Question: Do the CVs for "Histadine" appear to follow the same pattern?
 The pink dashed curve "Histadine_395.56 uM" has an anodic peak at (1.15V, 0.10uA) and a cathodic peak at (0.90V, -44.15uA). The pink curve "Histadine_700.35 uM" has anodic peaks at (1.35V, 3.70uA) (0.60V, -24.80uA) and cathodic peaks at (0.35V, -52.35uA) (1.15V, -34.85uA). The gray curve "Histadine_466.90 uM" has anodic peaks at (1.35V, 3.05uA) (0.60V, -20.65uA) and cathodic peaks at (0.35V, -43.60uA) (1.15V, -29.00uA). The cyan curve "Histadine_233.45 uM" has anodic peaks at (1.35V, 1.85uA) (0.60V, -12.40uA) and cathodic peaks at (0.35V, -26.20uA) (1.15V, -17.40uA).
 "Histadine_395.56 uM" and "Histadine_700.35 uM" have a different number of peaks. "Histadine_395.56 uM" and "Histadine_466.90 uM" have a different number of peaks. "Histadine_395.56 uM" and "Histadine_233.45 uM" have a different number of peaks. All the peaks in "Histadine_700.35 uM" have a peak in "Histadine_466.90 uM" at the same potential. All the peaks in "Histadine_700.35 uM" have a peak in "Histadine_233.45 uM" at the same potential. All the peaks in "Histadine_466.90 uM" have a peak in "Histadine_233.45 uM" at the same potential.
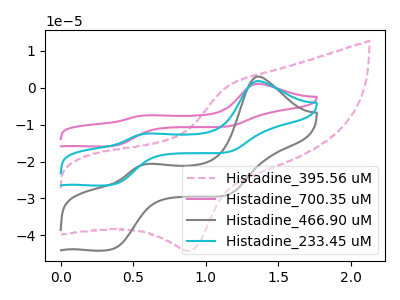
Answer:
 <answer>All the CV's of "Histadine" have similar shape.</answer>
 <eval>follow_rule</eval>